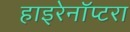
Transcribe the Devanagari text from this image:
हाइरेनॉप्टरा